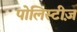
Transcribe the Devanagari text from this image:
पोलिस्टीज़